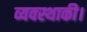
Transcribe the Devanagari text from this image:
व्यवस्थाकी।